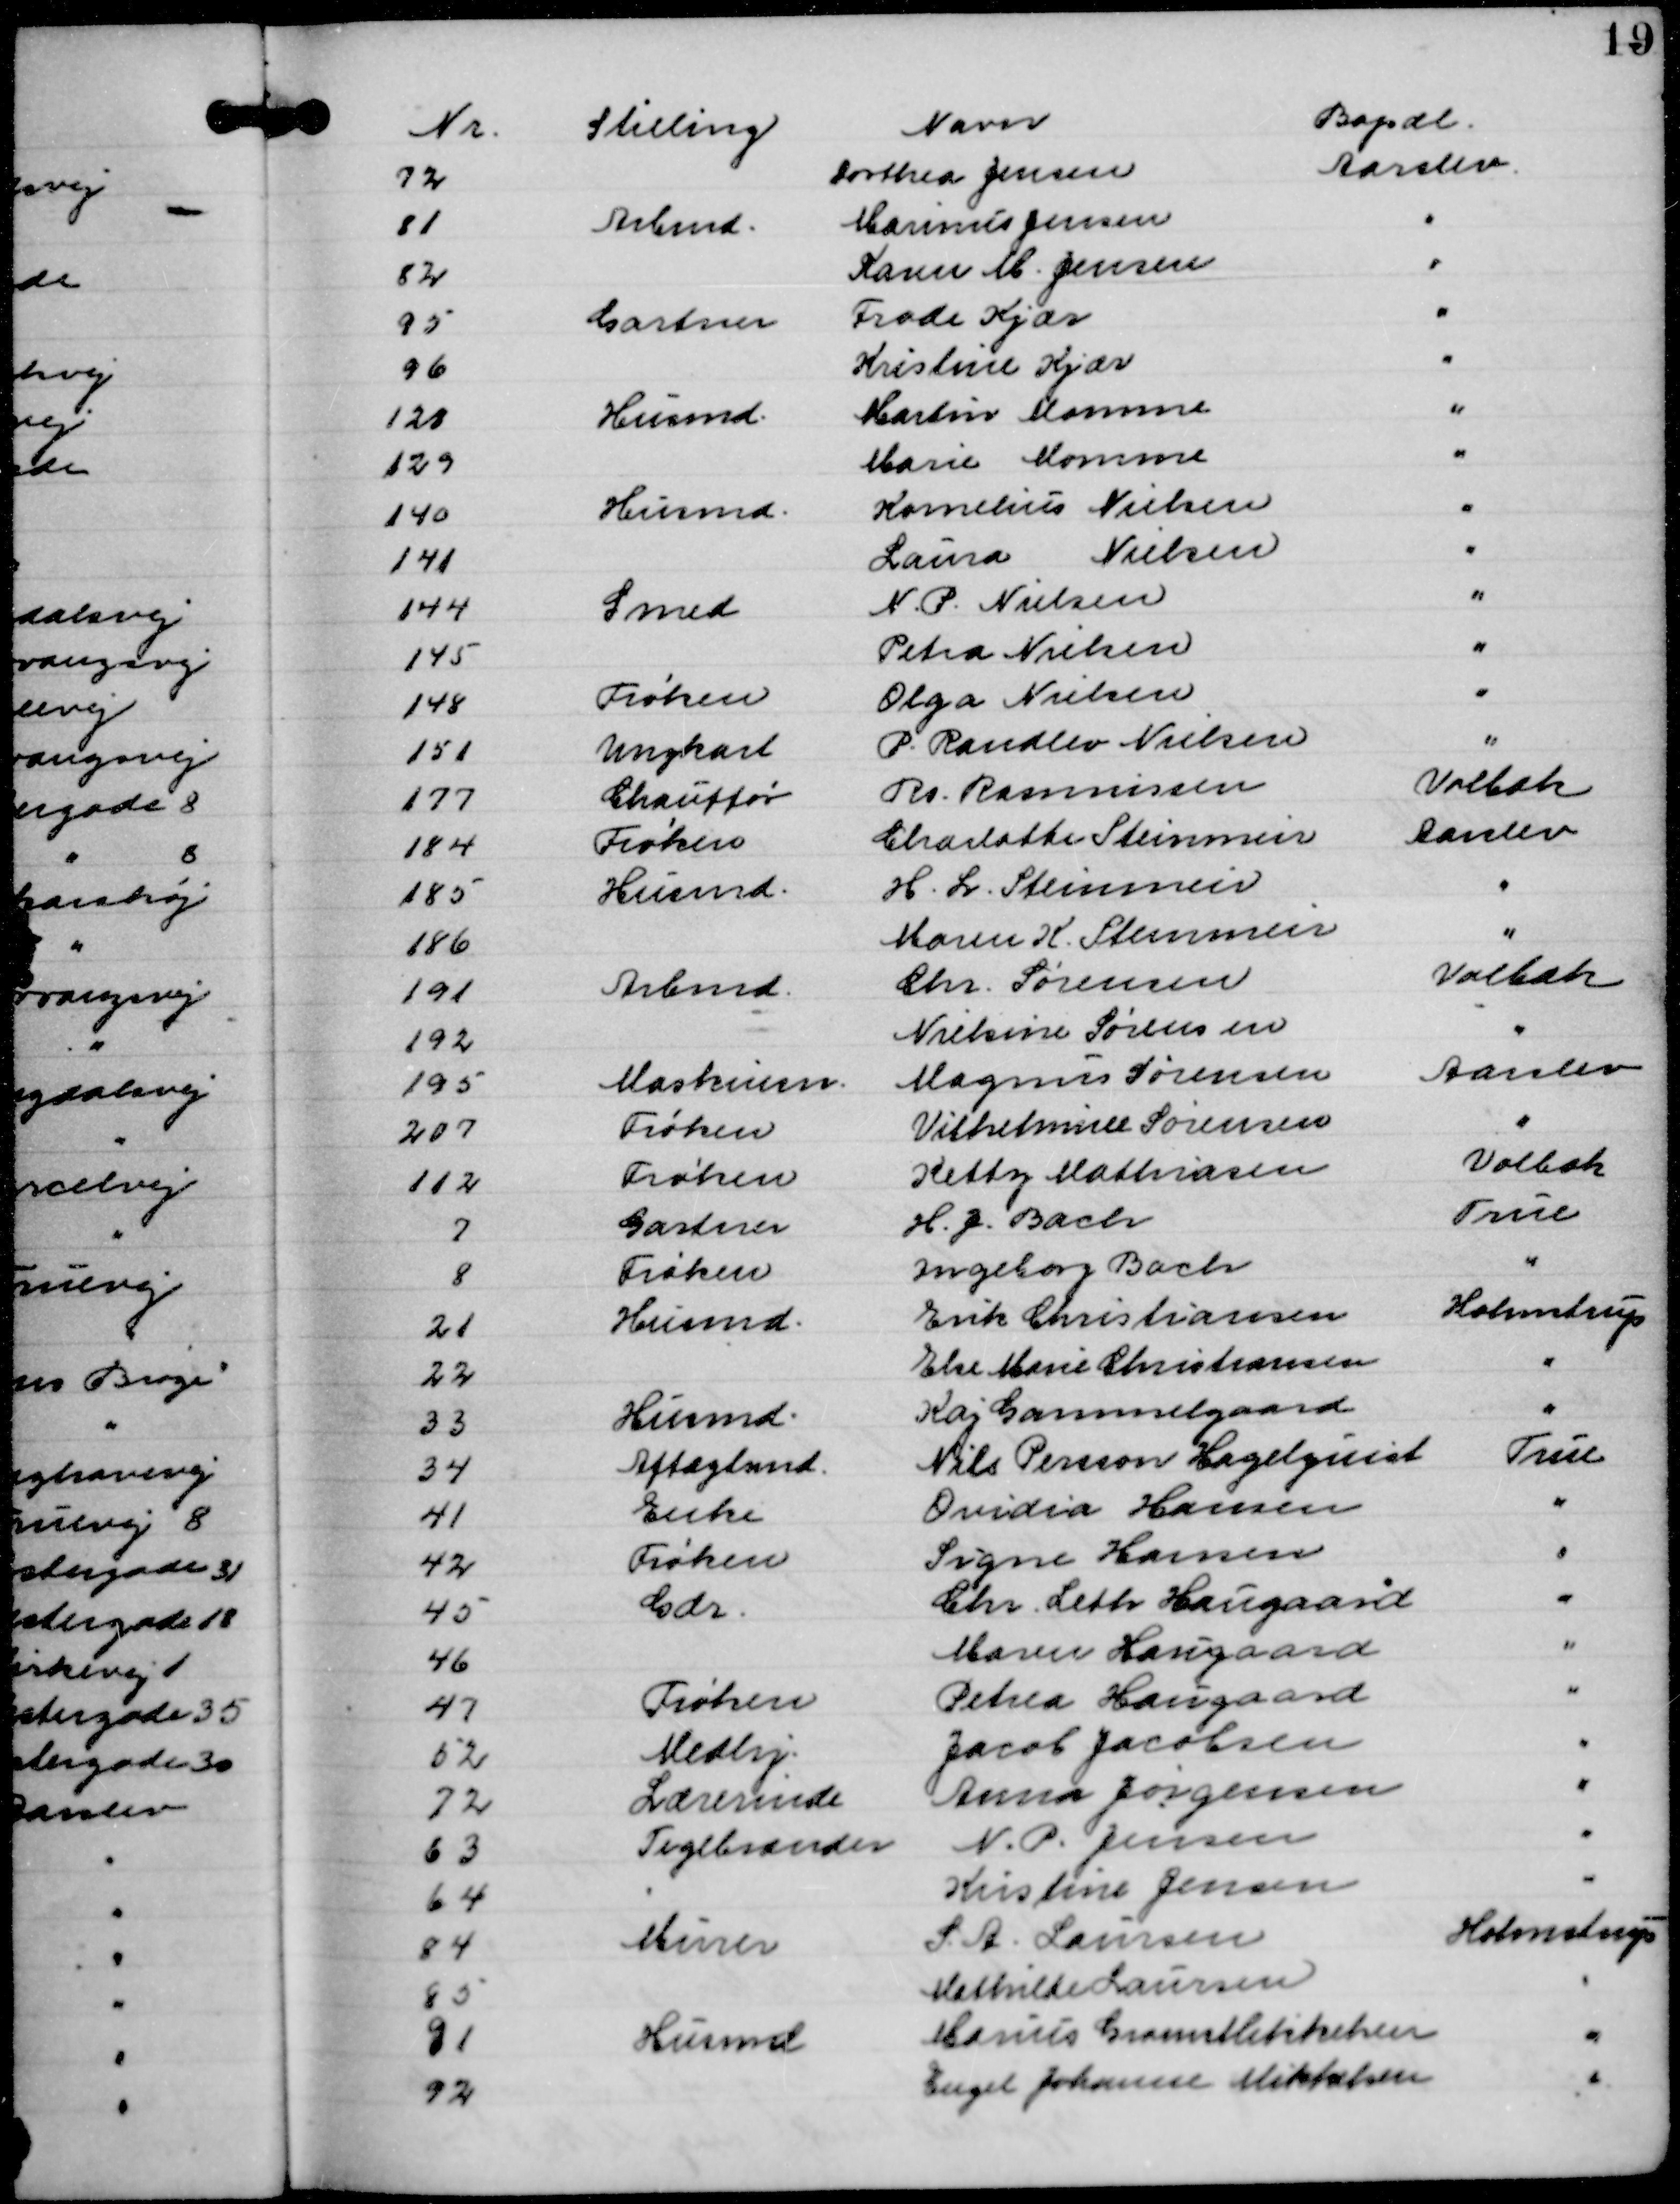
Transskription:
Nr.
Stilling
Navn
Bopæl
72
Dorthea Jensen
Aarslev
81
Arbmd.
Marinus Jensen
"
82
Karen M. Jensen
"
95
Gartner
Frode Kjær
"
96
Kristine Kjær
"
128
Husmd.
Martin Momme
"
129
Marie Momme
"
140
Husmd.
Kornelius Nielsen
"
141
Laura Nielsen
"
144
Smed
N. P. Nielsen
"
145
Petra Nielsen
"
148
Frøken
Olga Nielsen
"
151
Ungkarl
P. Randlev Nielsen
"
177
Chauffør
Rs. Rasmussen
Volbæk
184
Frøken
Charlotte Steinmeir
Aarslev
185
Husmd.
H. L. Steinmeir
"
186
Maren K. Steinmeir
"
191
Arbmd.
Chr. Sørensen
Volbæk
192
Nielsine Sørensen
"
195
Maskinm.
Magnus Sørensen
Aarslev
207
Frøken
Vilhelmine Sørensen
"
112
Frøken
Ketty Mathiasen
Volbæk
7
Gartner
H. J. Bach
True
8
Frøken
Ingeborg Bach
"
21
Husmd.
Erik Christiansen
Holmstrup
22
Else Marie Christiansen
"
33
Husmd.
Kaj Gammelgaard
"
34
Aftægtsmd.
Nils Persson Hagelquist
True
41
Enke
Ovidia Hansen
"
42
Frøken
Signe Hansen
"
45
Gdr.
Chr. Leth Haugaard
"
46
Maren Haugaard
"
47
Frøken
Petrea Haugaard
"
52
Medhj.
Jacob Jacobsen
"
72
Lærerinde
Anna Jørgensen
"
63
Teglbrænder
N. P. Jensen
"
64
Kristine Jensen
"
84
Murer
S. A. Laursen
Holmstrup
85
Mathilde Laursen
"
91
Husmd
Marius Gram Mikkelsen
"
92
Engel Johanne Mikkelsen
"